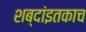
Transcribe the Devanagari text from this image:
शब्दांइतकाच